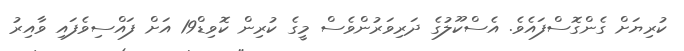
ކުރިޔަށް ގެންގޮސްފައެވެ. އެސްކޫލުގެ ދަރިވަރުންވެސް މީގެ ކުރިން ކޮވިޑް19 އަށް ފައްސިވެފައި ވާއިރު